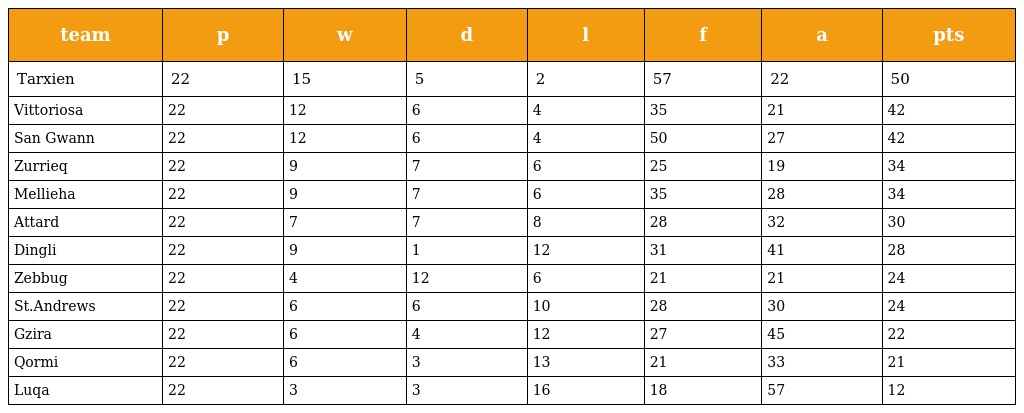
| team | p | w | d | l | f | a | pts |
 | --- | --- | --- | --- | --- | --- | --- | --- |
 | Tarxien | 22 | 15 | 5 | 2 | 57 | 22 | 50 |
 | Vittoriosa | 22 | 12 | 6 | 4 | 35 | 21 | 42 |
 | San Gwann | 22 | 12 | 6 | 4 | 50 | 27 | 42 |
 | Zurrieq | 22 | 9 | 7 | 6 | 25 | 19 | 34 |
 | Mellieha | 22 | 9 | 7 | 6 | 35 | 28 | 34 |
 | Attard | 22 | 7 | 7 | 8 | 28 | 32 | 30 |
 | Dingli | 22 | 9 | 1 | 12 | 31 | 41 | 28 |
 | Zebbug | 22 | 4 | 12 | 6 | 21 | 21 | 24 |
 | St.Andrews | 22 | 6 | 6 | 10 | 28 | 30 | 24 |
 | Gzira | 22 | 6 | 4 | 12 | 27 | 45 | 22 |
 | Qormi | 22 | 6 | 3 | 13 | 21 | 33 | 21 |
 | Luqa | 22 | 3 | 3 | 16 | 18 | 57 | 12 |